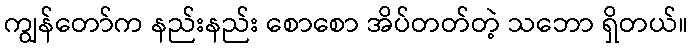
ကျွန်တော်က နည်းနည်း စောစော အိပ်တတ်တဲ့ သဘော ရှိတယ်။